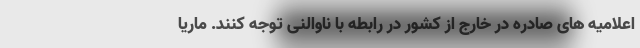
اعلامیه های صادره در خارج از کشور در رابطه با ناوالنی توجه کنند. ماریا